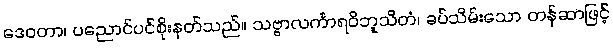
ဒေဝတာ၊ ပညောင်ပင်စိုးနတ်သည်။ သဗ္ဗာလင်္ကာရဝိဘူသိတံ၊ ခပ်သိမ်းသော တန်ဆာဖြင့်